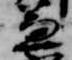
兼